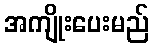
အကျိုးပေးမည်